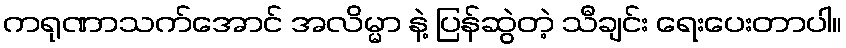
ကရုဏာသက်အောင် အလိမ္မာ နဲ့ ပြန်ဆွဲတဲ့ သီချင်း ရေးပေးတာပါ။